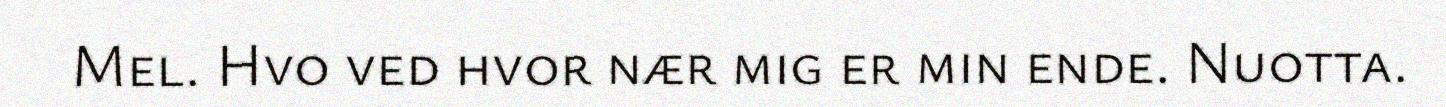
Mel. Hvo ved hvor nær mig er min ende. Nuotta.